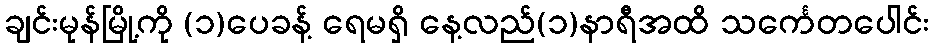
ချင်းမုန်မြို့ကို (၁)ပေခန့် ရေမရှိ နေ့လည်(၁)နာရီအထိ သင်္ကေတပေါင်း